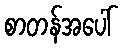
စာတန်အပေါ်